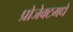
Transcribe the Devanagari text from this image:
प्रोजेक्टमधे